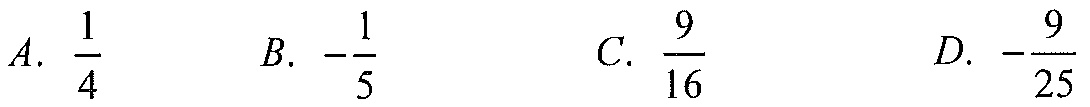
\(A.\ \frac{1}{4}\qquad B.\ -\frac{1}{5}\qquad C.\ \frac{9}{16}\qquad D.\ -\frac{9}{25}\)